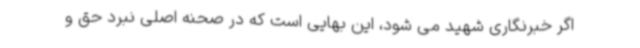
اگر خبرنگاری شهید می شود، این بهایی است که در صحنه اصلی نبرد حق و